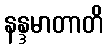
နန္ဒမာတာတိ